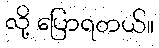
လို့ ပြောရတယ်။